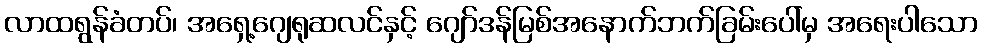
လာထရွန်ခံတပ်၊ အရှေ့ဂျေရုဆလင်နှင့် ဂျော်ဒန်မြစ်အနောက်ဘက်ခြမ်းပေါ်မှ အရေးပါသော